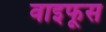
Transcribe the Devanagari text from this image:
वाइफूस